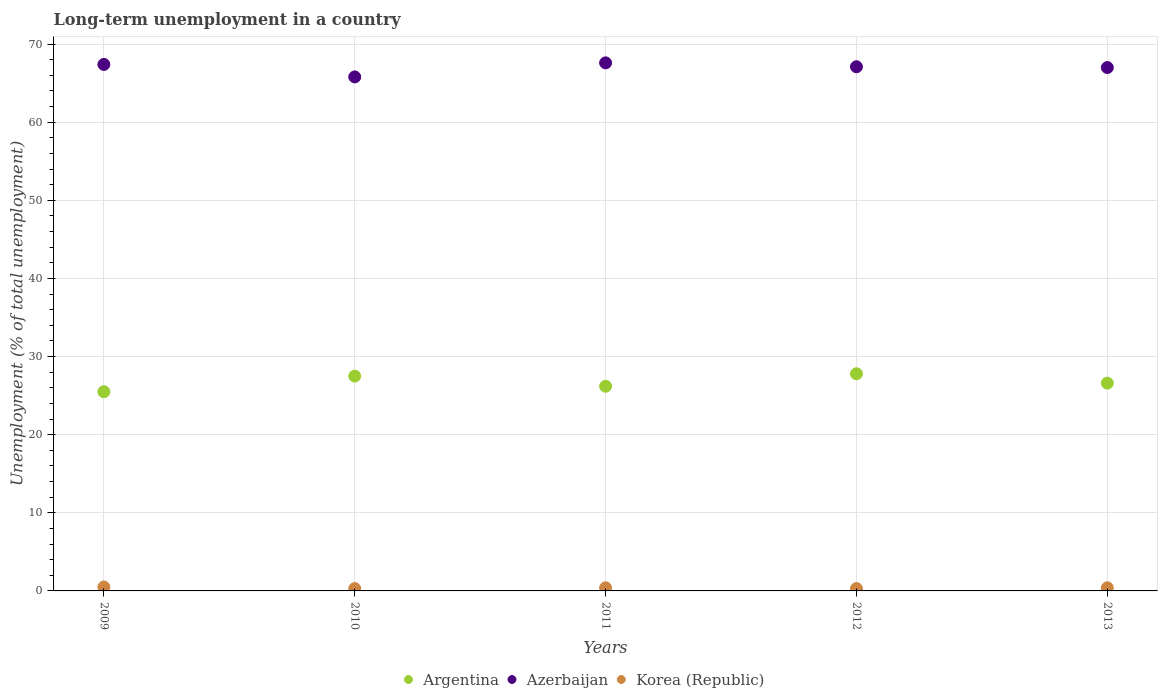
| Years | Argentina | Azerbaijan | Korea (Republic) |
 | --- | --- | --- | --- |
 | 2009 | 25.5 | 67.4 | 0.5 |
 | 2010 | 27.5 | 65.8 | 0.3 |
 | 2011 | 26.2 | 67.6 | 0.4 |
 | 2012 | 27.8 | 67.1 | 0.3 |
 | 2013 | 26.6 | 67 | 0.4 |